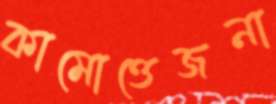
কামোত্তেজনা